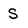
Character: S